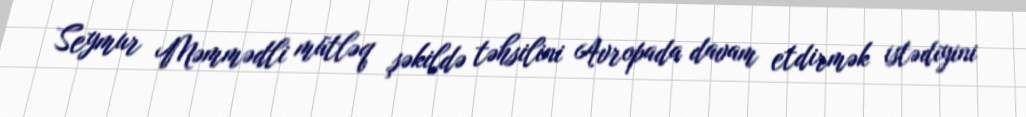
Seymur Məmmədli mütləq şəkildə təhsilini Avropada davam etdirmək istədiyini